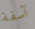
آسفة